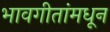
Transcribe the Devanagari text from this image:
भावगीतांमधून